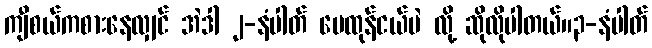
ကျီစယ်ကစားနေလျှင် အဲဒါ ၂-နံပါတ် မေထုန်ငယ်ပဲ လို့ ဆိုလိုပါတယ်။၃-နံပါတ်